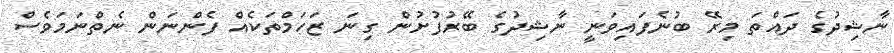
ނާޝިދުގެ ދައްތަ މިރޭ ބުނެފައިވަނީ ނާޝިދުގެ ބޭރުފުށުން ގިނަ ޒަހަމްތަކެއް ފެންނަން ނެތްނަމަވެސް